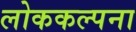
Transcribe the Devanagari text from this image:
लोककल्पना